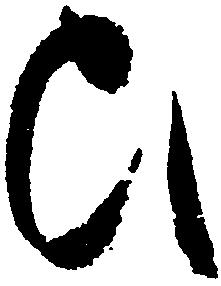
ひ